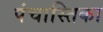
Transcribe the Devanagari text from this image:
पंचास्तिका